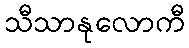
သီသာနုလောကီ